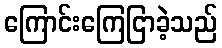
ကြောင်းကြေငြာခဲ့သည်